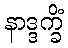
နာဒ္ဒက္ခိံ